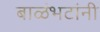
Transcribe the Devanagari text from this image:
बाळंभटांनी